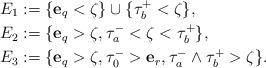
LaTeX: \begin{align*} E_1 &:= \{\mathbf{e}_q<\zeta\}\cup\{\tau_b^+<\zeta\}, \\ E_2&:= \{ \mathbf{e}_q>\zeta,\tau_a^-<\zeta < \tau_b^+ \}, \\ E_3 &:= \{\mathbf{e}_q>\zeta, \tau_0^- >\mathbf{e}_{r},\tau_a^- \wedge \tau_b^+>\zeta \}. \end{align*}